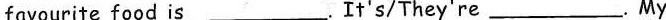
favourite food is___.It's/They're___. My